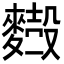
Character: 𪍢